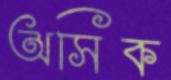
অসিক